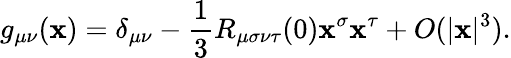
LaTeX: g_{\mu\nu}(\mathbf{x})=\delta_{\mu\nu}-{\frac{{1}}{{3}}}R_{\mu\sigma\nu\tau}(0)\mathbf{x}^{\sigma}\mathbf{x}^{\tau}+O(|\mathbf{x}|^{3}).